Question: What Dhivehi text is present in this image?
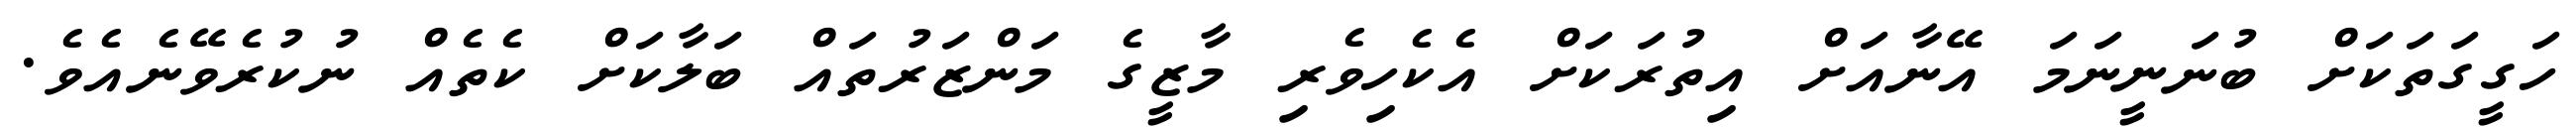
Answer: ހަގީގަތަކަށް ބުނަނީނަމަ އޭނާއަށް އިތުރަކަށް އެކެހިވެރި މާޒީގެ މަންޒަރުތައް ބަލާކަށް ކެތެއް ނުކުރެވޭނެއެވެ.